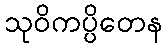
သုဝိကပ္ပိတေန